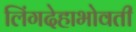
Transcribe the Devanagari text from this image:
लिंगदेहाभोवती